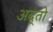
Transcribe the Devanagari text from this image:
अद्तो